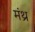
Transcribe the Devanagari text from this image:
मंथ्र